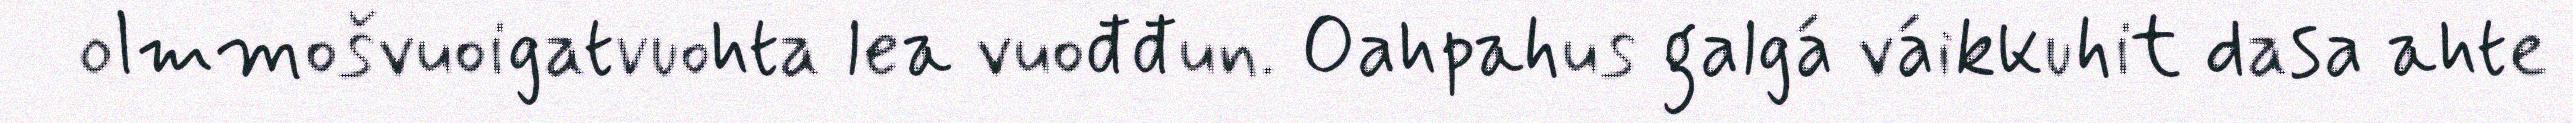
olmmošvuoigatvuohta lea vuođđun. Oahpahus galgá váikkuhit dasa ahte